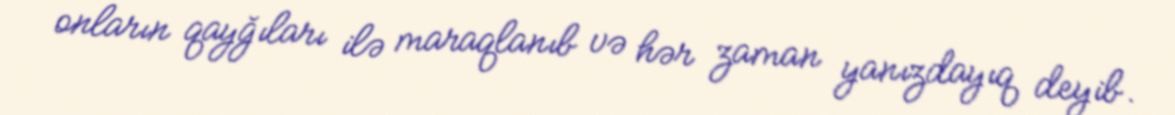
onların qayğıları ilə maraqlanıb və hər zaman yanızdayıq deyib.